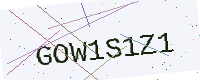
Text: GOW1S1Z1